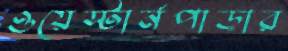
ওয়েস্টার্নপাড়ার